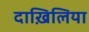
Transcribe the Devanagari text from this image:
दाख़िलिया